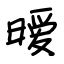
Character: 暧